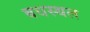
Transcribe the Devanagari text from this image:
बधस्थल